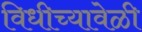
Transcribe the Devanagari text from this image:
विधीच्यावेळी